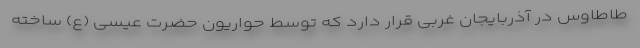
طاطاوس در آذربایجان غربی قرار دارد که توسط حواریون حضرت عیسی (ع) ساخته